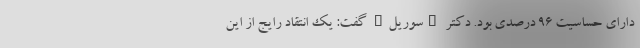
دارای حساسیت ۹۶ درصدی بود. دکتر "سوریل" گفت: یک انتقاد رایج از این